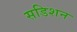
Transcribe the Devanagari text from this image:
सडिशन